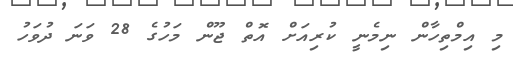
މި އިމްތިހާން ނިމެނީ ކުރިއަށް އޮތް ޖޫން މަހުގެ 28 ވަނަ ދުވަހު